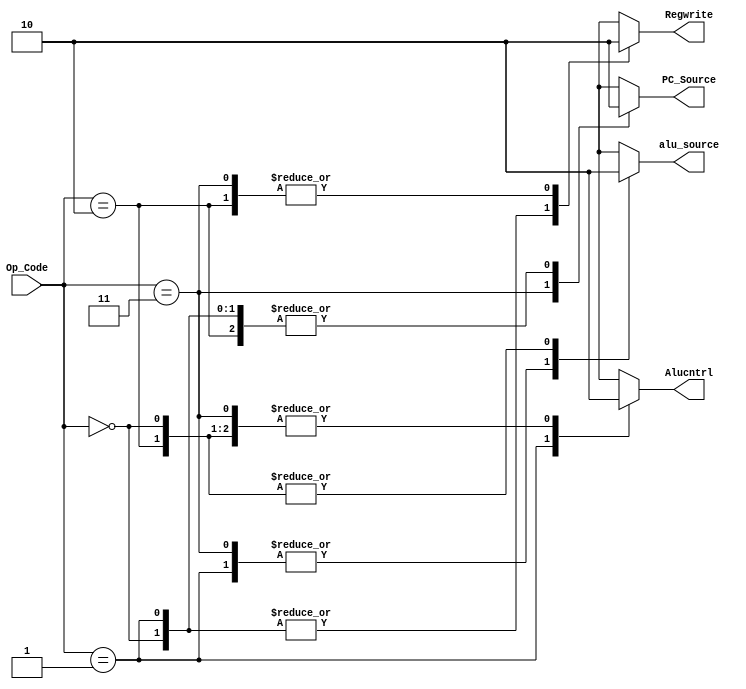

//Control Unit

module Control(input [1:0] Op_Code,output reg PC_Source,output reg Alucntrl,output reg alu_source,output reg Regwrite);

initial begin
  PC_Source = 0;
end
always@(Op_Code)
	
	begin
	case(Op_Code)
		2'b00: //Add
			begin
			alu_source = 1'b0;
			Alucntrl=1'b0;
			PC_Source=1'b0;
			Regwrite=1'b1;
			end		
		2'b01 : //SLL
			begin
			alu_source = 1'b1;
			Alucntrl=1'b1;
			PC_Source=1'b0;
			Regwrite=1'b1;
			end		
		2'b11: //Jump
			begin
			alu_source = 1'b1;
			Alucntrl=1'b0;
			PC_Source=1'b1;
			Regwrite=1'b0;
			end	
		2'b10:     //nop
			begin
			alu_source = 1'b0;
			Alucntrl=1'b0;
			PC_Source=1'b0;
			Regwrite=1'b0;
			end	
		endcase
	end
endmodule